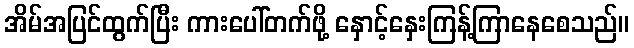
အိမ်အပြင်ထွက်ပြီး ကားပေါ်တက်ဖို့ နှောင့်နှေးကြန့်ကြာနေစေသည်။